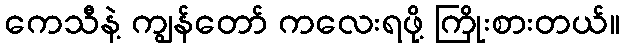
ကေသီနဲ့ ကျွန်တော် ကလေးရဖို့ ကြိုးစားတယ်။